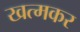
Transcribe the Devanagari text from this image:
खत्मकर